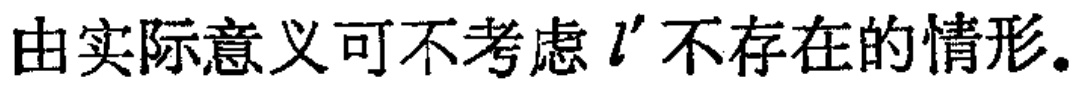
由实际意义可不考虑 \(l'\) 不存在的情形。